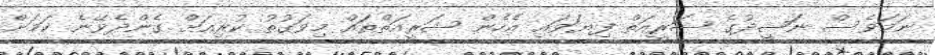
ނަމަވެސް ނަޝީދުގެ ޝަރީއަތް ފިޔަވައި އެހެން ޝަރީއަތްތައް މިވަގުތު ކުރިއަށް ގެންދެވޭނެ ކަމަށް